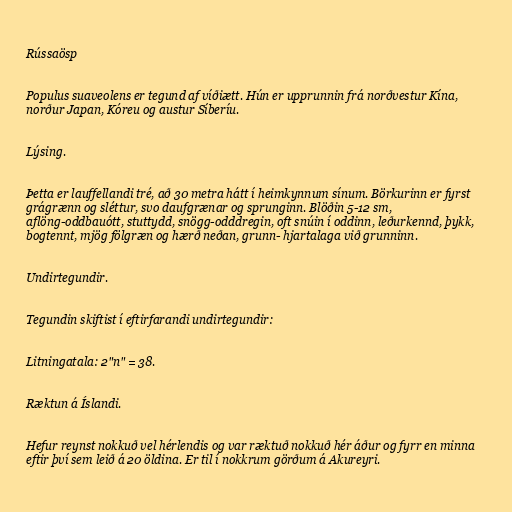
Rússaösp

Populus suaveolens er tegund af víðiætt. Hún er upprunnin frá norðvestur Kína,
norður Japan, Kóreu og austur Síberíu.

Lýsing.

Þetta er lauffellandi tré, að 30 metra hátt í heimkynnum sínum. Börkurinn er fyrst
grágrænn og sléttur, svo daufgrænar og sprunginn. Blöðin 5-12 sm,
aflöng-oddbauótt, stuttydd, snögg-odddregin, oft snúin í oddinn, leðurkennd, þykk,
bogtennt, mjög fölgræn og hærð neðan, grunn- hjartalaga við grunninn.

Undirtegundir.

Tegundin skiftist í eftirfarandi undirtegundir:

Litningatala: 2"n" = 38.

Ræktun á Íslandi.

Hefur reynst nokkuð vel hérlendis og var ræktuð nokkuð hér áður og fyrr en minna
eftir því sem leið á 20 öldina. Er til í nokkrum görðum á Akureyri.